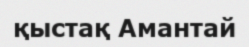
қыстақ Амантай